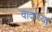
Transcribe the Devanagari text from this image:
वादांच्या